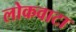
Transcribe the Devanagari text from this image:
लोकवाटा